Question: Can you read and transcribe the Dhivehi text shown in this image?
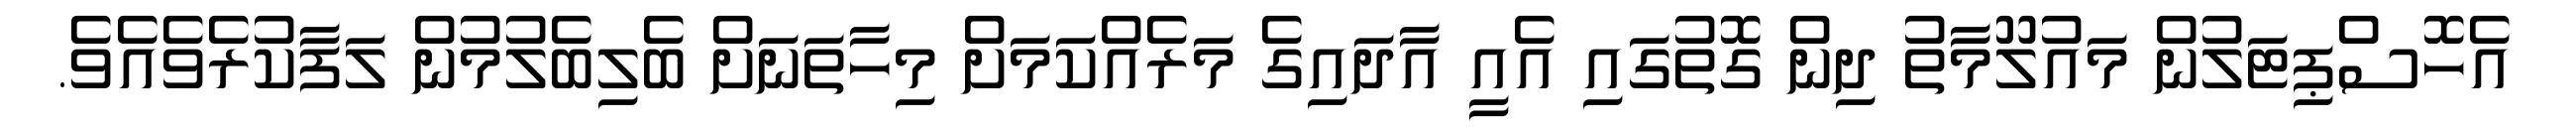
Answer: އެހޮސްޕިޓަލުން މައުލޫމާތު ދިން ގޮތުގައި އެއީ އާދައިގެ މަރެއްކަމަށް މިހާތަނަށް ބެލިބެލުމުން ލަފާކުރެވެއެވެ.